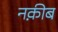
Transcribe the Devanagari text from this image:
नक़ीब